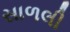
સાળલી